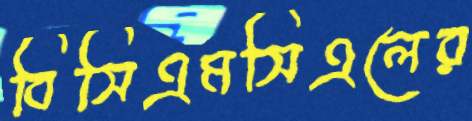
বিসিএমসিএলের